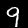
Digit: 9